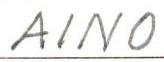
AINO